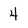
Character: 4